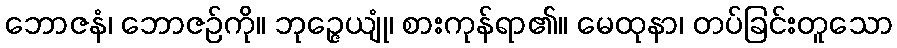
ဘောဇနံ၊ ဘောဇဉ်ကို။ ဘုဉ္ဇေယျုံ၊ စားကုန်ရာ၏။ မေထုနာ၊ တပ်ခြင်းတူသော